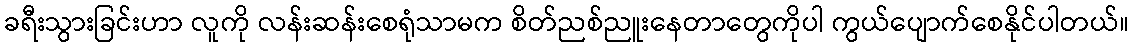
ခရီးသွားခြင်းဟာ လူကို လန်းဆန်းစေရုံသာမက စိတ်ညစ်ညူးနေတာတွေကိုပါ ကွယ်ပျောက်စေနိုင်ပါတယ်။